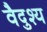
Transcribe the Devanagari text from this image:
वैदुश्य